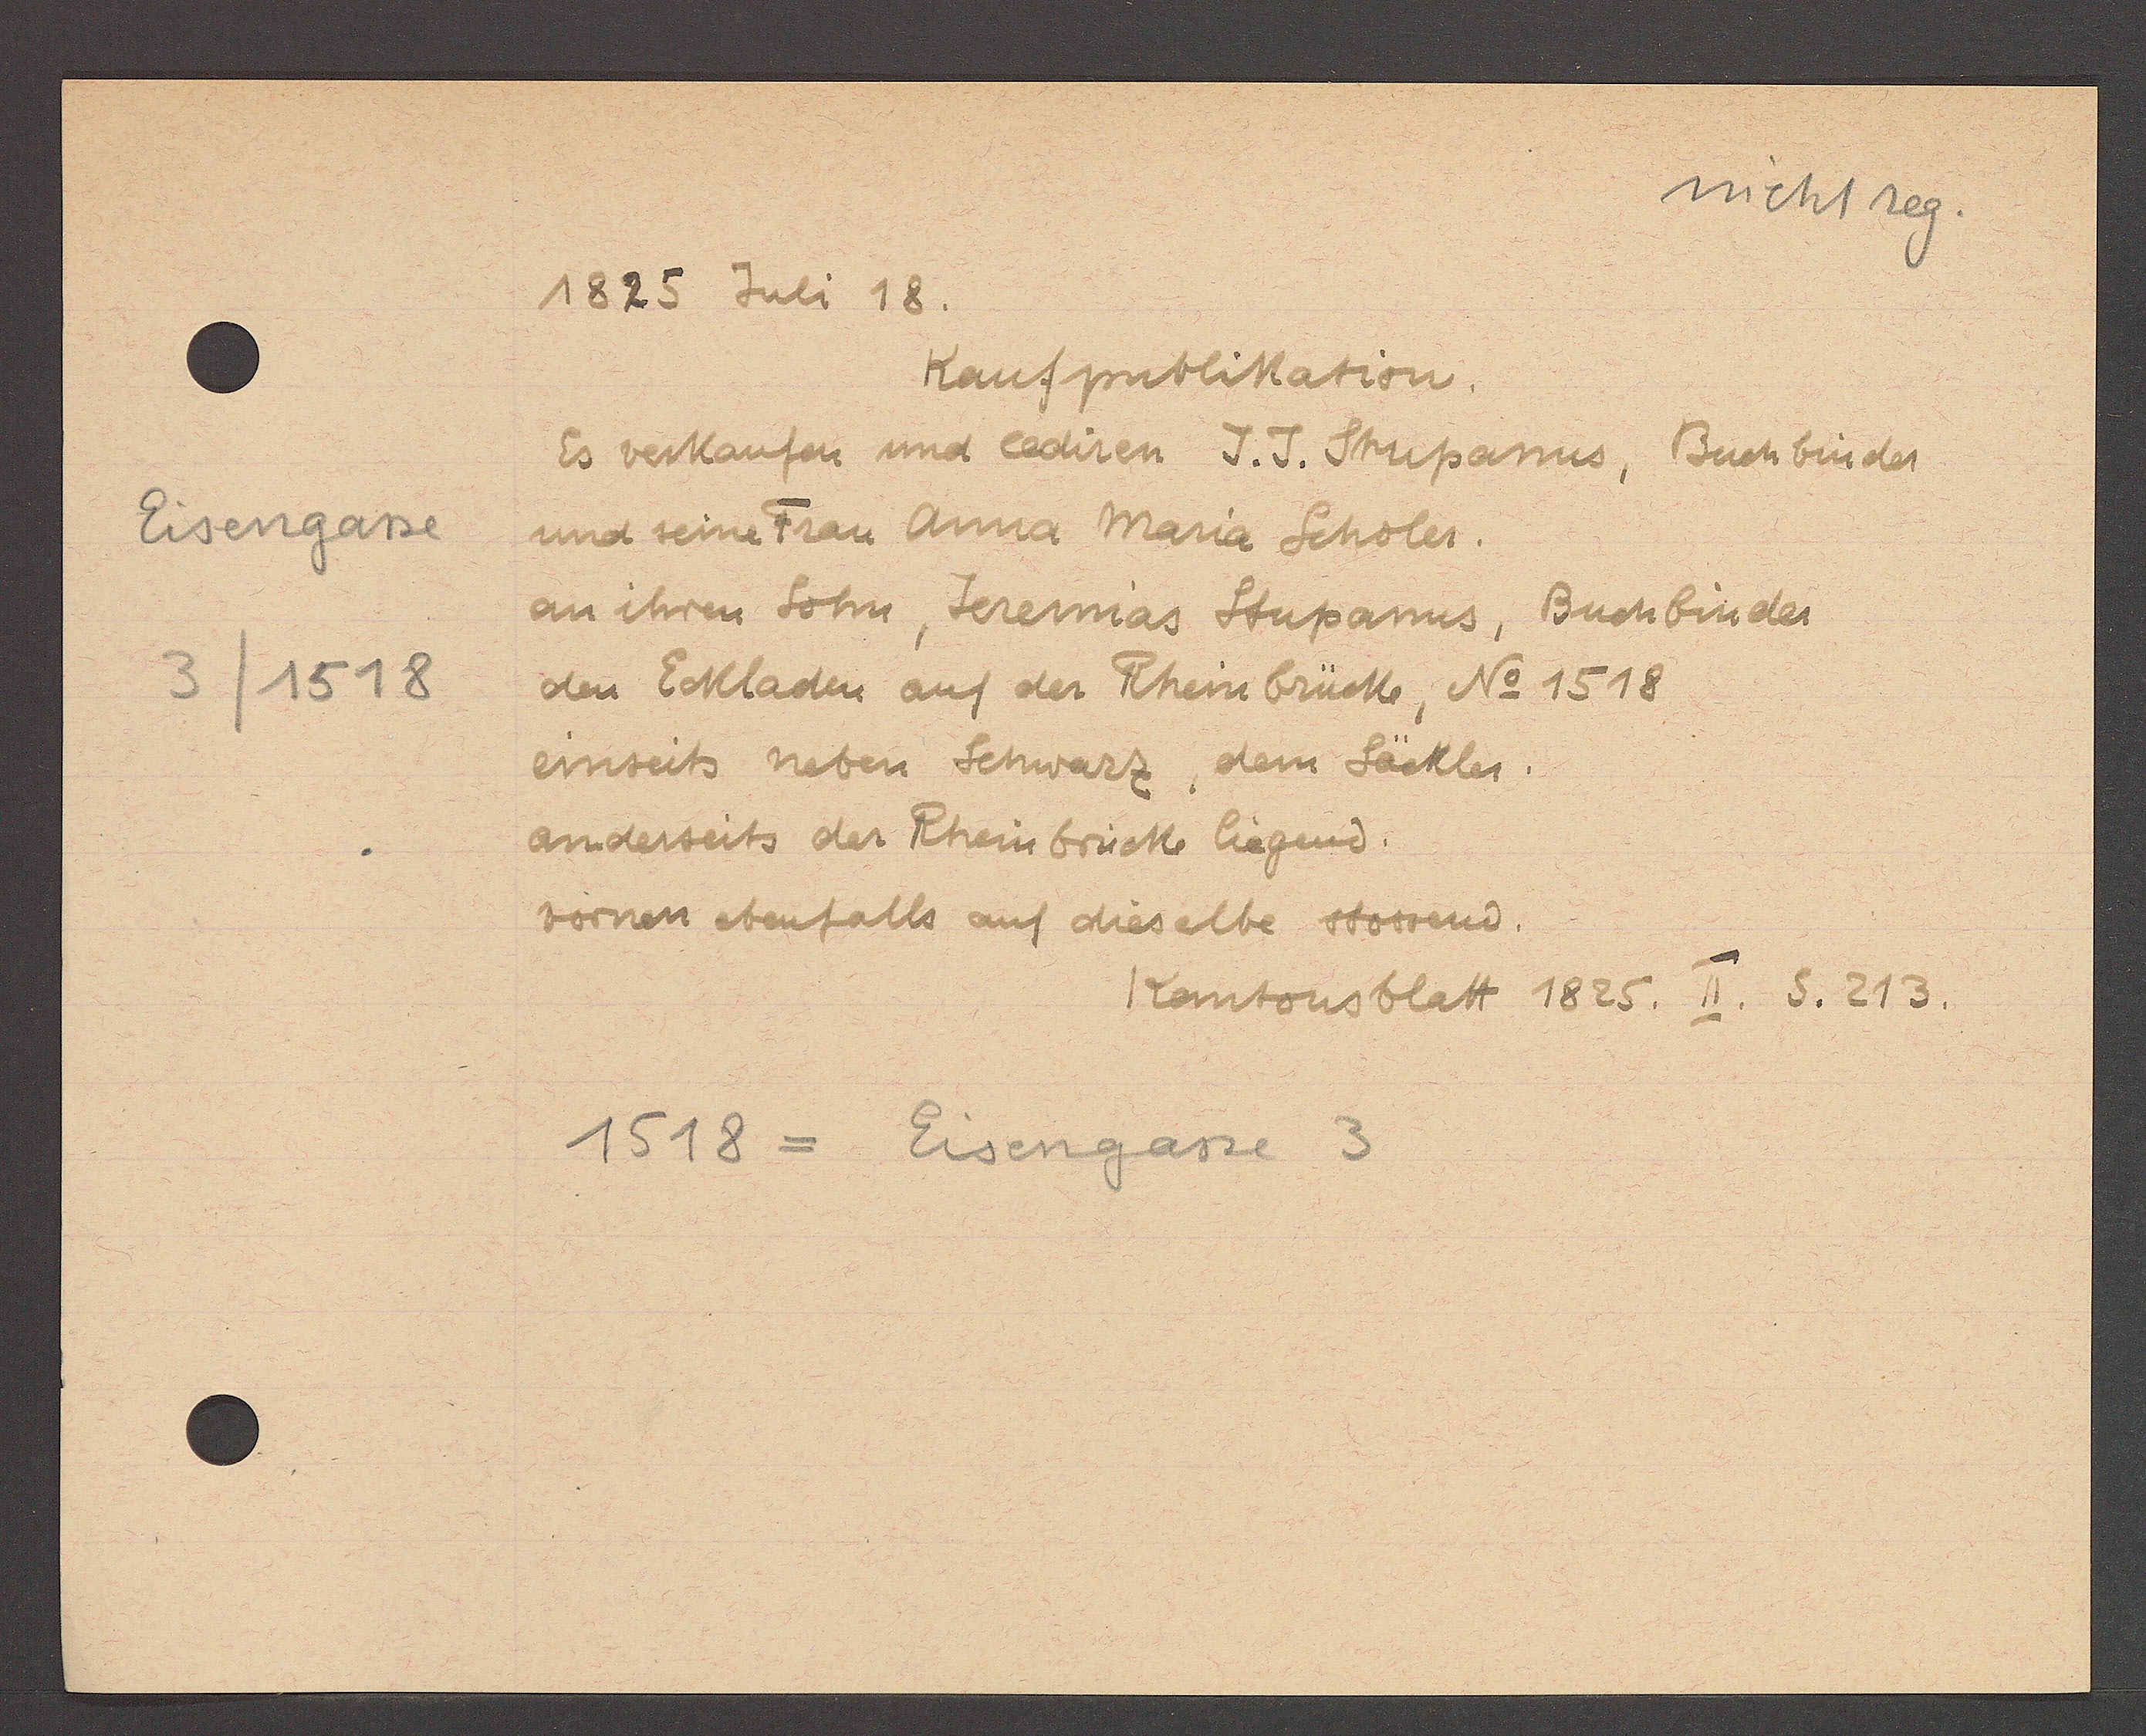
Transcript:
Eisengasse
3 / 1518

1825 Juli 18.
Kaufpublikation.
Es verkaufen und lediren J.J. Stupanus, Buchbinder
und seine Frau Anna Maria Scholer.
an ihren Sohn, Jeremias Stupanus, Buchbinder
den Eckladen auf der Rheinbrücke, No 1518
einseist neben Schwarz, dem Säckler.
anderseits der Rheinbrücke liegend.
vornen ebenfalls auf dieselbe stossend.
Kantonsblatt 1825. II. S. 213.
1518 = Eisengasse 3